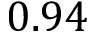
0 . 9 4